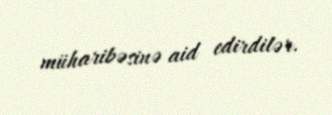
müharibəsinə aid edirdilər.